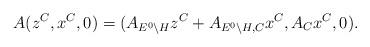
LaTeX: \begin{align*}A(z^C,x^C,0)=(A_{E^0\backslash H}z^C+A_{E^0\backslash H,C}x^C,A_Cx^C,0).\end{align*}